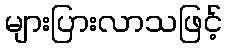
များပြားလာသဖြင့်